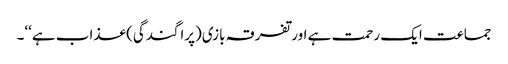
جماعت ایک رحمت ہے اور تفرقہ بازی(پراگندگی) عذاب ہے‘‘۔